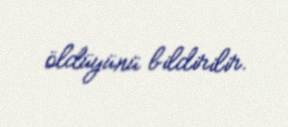
öldüyünü bildirilir.